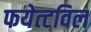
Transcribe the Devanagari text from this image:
फयेत्टविल